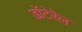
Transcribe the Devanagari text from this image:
डॉटेरेल